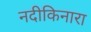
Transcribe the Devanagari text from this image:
नदीकिनारा